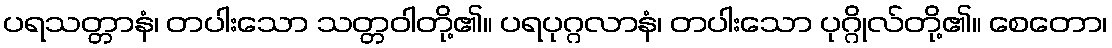
ပရသတ္တာနံ၊ တပါးသော သတ္တဝါတို့၏။ ပရပုဂ္ဂလာနံ၊ တပါးသော ပုဂ္ဂိုလ်တို့၏။ စေတော၊